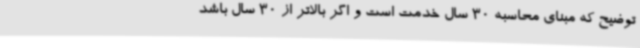
توضیح که مبنای محاسبه 30 سال خدمت است و اگر بالاتر از 30 سال باشد